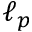
\ell _ { p }